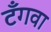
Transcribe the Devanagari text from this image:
टँगवा